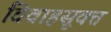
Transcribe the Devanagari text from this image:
विवाहसूक्त